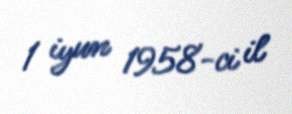
1 iyun 1958-ci il